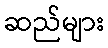
ဆည်များ